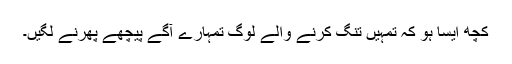
کچھ ایسا ہو کہ تمہیں تنگ کرنے والے لوگ تمہارے آگے پیچھے پھرنے لگیں۔